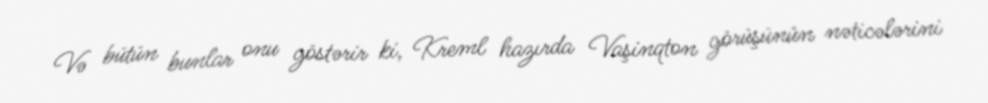
Və bütün bunlar onu göstərir ki, Kreml hazırda Vaşinqton görüşünün nəticələrini